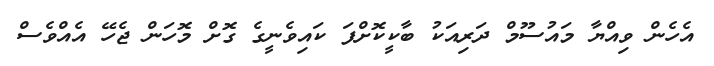
އެހެން ވިއްޔާ މައުސޫމް ދަރިއަކު ބާކީކޮށްފަ ކައިވެނީގެ ގޮށް މޮހަން ޖެހޭ އެއްވެސް